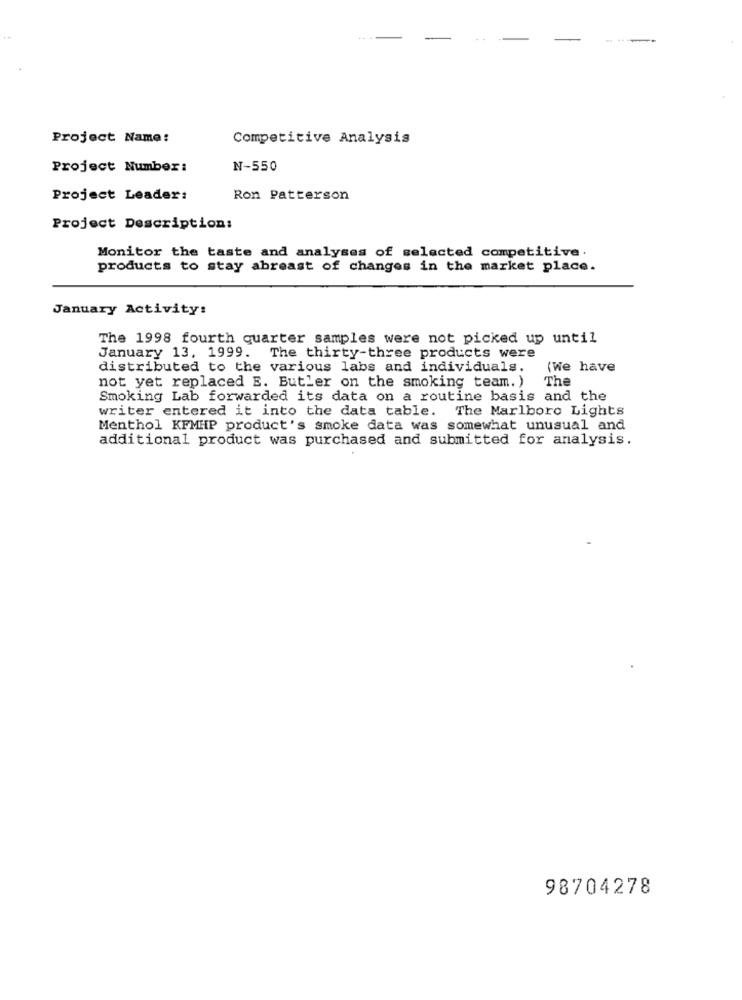
--
Project Name:
Competitive Analysis
Project Number:
N-550
Project Leader:
Ron Patterson
Project Description:
Monitor the taste and analyses of selected competitive.
products to stay abreast of changes in the market place.
January Activity:
The 1998 fourth quarter samples were not picked up until
January 13, 1999. The thirty-three products were
distributed to the various labs and individuals.
(We have
The
not yet replaced E. Butler on the smoking team. )
Smoking Lab forwarded its data on a routine basis and the
writer entered it into the data table. The Marlboro Lights
Menthol KFMHP product's smoke data was somewhat unusual and
additional product was purchased and submitted for analysis.
98704278